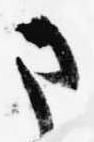
さ